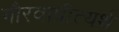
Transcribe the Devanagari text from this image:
गौरवाप्रीत्यर्थ